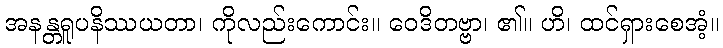
အနန္တရူပနိဿယတာ၊ ကိုလည်းကောင်း။ ဝေဒိတဗ္ဗာ၊ ၏။ ဟိ၊ ထင်ရှားစေအံ့။